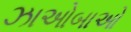
ઝાઓબાઓ